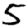
Digit: 5